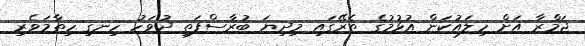
ޖަމްރާ އަށް ހިލައުކަން އުޅުމުގެ ތެރޭގައި މިދިޔަ ބުރާސްފަތި ދުވަހު ހިނގި ހިތާމަވެރި